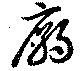
廟